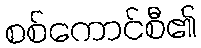
စစ်ကောင်စီ၏